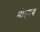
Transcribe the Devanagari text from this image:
मोहाय